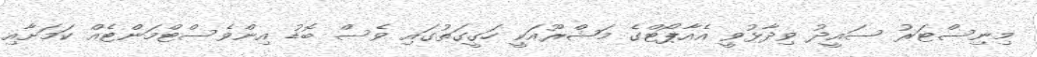
މިނިސްޓަރު ސައީދު ވިދާޅުވީ އެއާޕޯޓްގެ މަޝްރޫއަކީ ހަގީގަތުގައި ވެސް ބޮޑު އިންވެސްޓްމަންޓެއް ކަމަށާއި